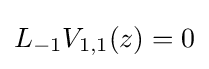
L_{-1}V_{1,1}(z)=0